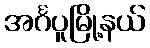
အင်္ဂပူမြို့နယ်